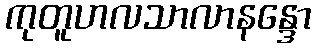
ကုတူဟလသာလာနန္ဒော